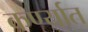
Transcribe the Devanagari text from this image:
कर्ण्यात